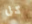
كل